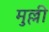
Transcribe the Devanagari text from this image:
मुल्ली